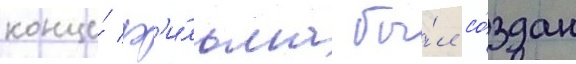
конце́ ф'и́льма бы́л со́здан